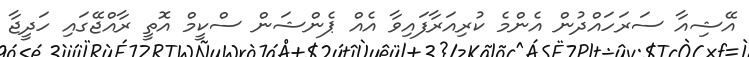
އޭޝިއާ ސަރަހައްދުން އެންމެ ކުރިއަރާފައިވާ އެއް ޕެންޝަން ސްކީމް އޮތީ ރާއްޖޭގައި ހަދީޖާ